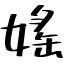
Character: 媱